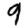
Digit: 9